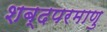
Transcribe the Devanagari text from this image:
शब्दपरमाणु